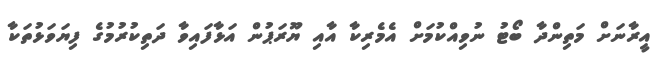
އީރާނަށް މަތިންދާ ބޯޓު ނުވިއްކުމަށް އެމެރިކާ އާއި ޔޫރަޕުން އަޅާފައިވާ ދަތިކުރުމުގެ ފިޔަވަޅުތަކާ